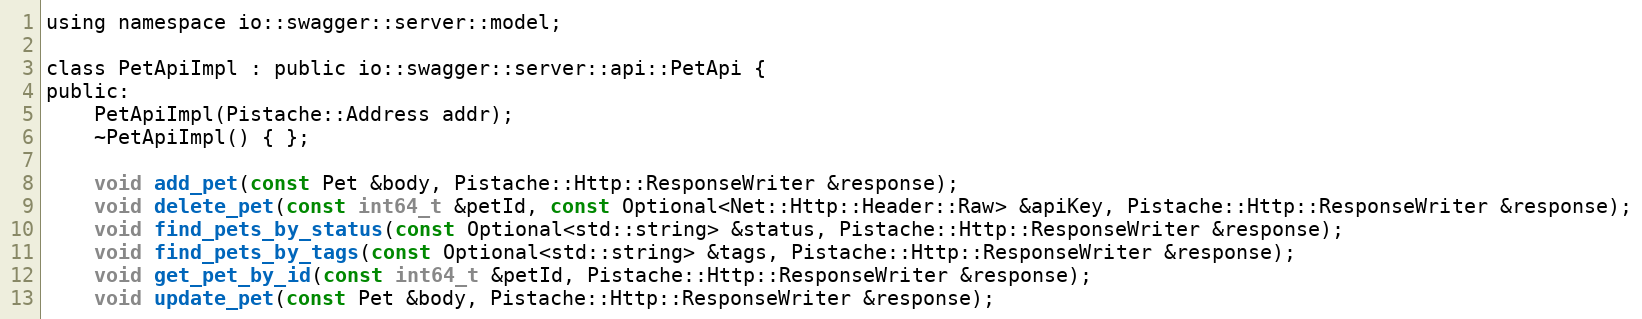
Language: C
using namespace io::swagger::server::model;

class PetApiImpl : public io::swagger::server::api::PetApi {
public:
    PetApiImpl(Pistache::Address addr);
    ~PetApiImpl() { };

    void add_pet(const Pet &body, Pistache::Http::ResponseWriter &response);
    void delete_pet(const int64_t &petId, const Optional<Net::Http::Header::Raw> &apiKey, Pistache::Http::ResponseWriter &response);
    void find_pets_by_status(const Optional<std::string> &status, Pistache::Http::ResponseWriter &response);
    void find_pets_by_tags(const Optional<std::string> &tags, Pistache::Http::ResponseWriter &response);
    void get_pet_by_id(const int64_t &petId, Pistache::Http::ResponseWriter &response);
    void update_pet(const Pet &body, Pistache::Http::ResponseWriter &response);